Vaccination North-Western Provinces and Oudh 1896-1901 - 1896-1901
Year: 1896
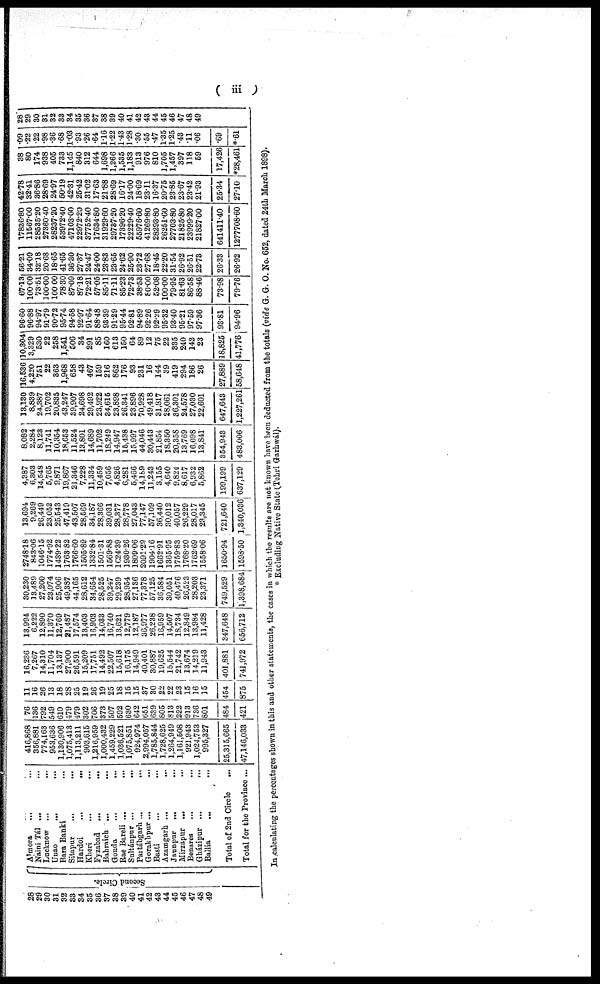
( iii )
28
29
30
31
32
33
34
35
36
37
38
39
40
41
42
43
44
45
46
47
48
49
Second Circle.
Almora
...
...
Naini Tál ... ...
Lucknow ... ...
Unao
...
...
Bara Banki ... ...
Sitapur
...
...
Hardoi
...
...
Kheri
...
...
Fyzabad
...
...
Bahraich ... ...
Gonda
...
...
Rae Bareli
...
...
Sultánpur
...
...
Partábgarh
...
...
Gorakhpur ... ...
Basti ... ...
Azamgarh ... ...
Jaunpur
...
...
Mirzapur ... ...
Benares ... ...
Gházipur
...
...
Ballia ... ...
Total of 2nd Circle ...
Total for the Province ...
416,868
356,881
774,163
953,636
1,130,906
1,075,413
1,113,211
903,615
1,216,959
1,000,432
1,459,229
1,036,521
1,075,851
924,974
2,994,057
1,785,844
1,728,625
1,264,949
1,161,508
921,943
1,024,753
995,327
25,315,665
47,146,033
76
136
792
549
610
479
479
302
706
373
507
592
630
642
651
639
805
813
222
913
736
801
484
421
11
16
26
13
18
28
25
19
26
19
25
18
15
15
37
30
22
22
23
15
16
15
454
875
16,236
7,267
14,310
11,704
13,137
27,900
26,591
15,209
17,751
14,492
22,507
15,618
16,175
14,949
40,401
30,887
19,625
15,544
21,742
13,674
14,219
11,943
401,881
741,972
13,994
6,222
12,890
11,370
12,769
21,487
17,574
13,403
16,903
14,033
16,740
13,621
12,779
12,187
36,977
26,238
16,959
14,507
18,734
12,849
13,984
11,428
347,648
656,712
30,230
13,489
27,200
23,074
25,906
49,387
44,165
28,612
34,654
28,525
39,247
29,239
28,954
27,136
77,378
57,125
36,584
30,051
40,476
26,523
28,203
23,371
749,529
1,398,684
2748.18
843.06
1046.15
1774.92
1439.22
1763.82
1766.60
1505.89
1332.84
1501.31
1569.88
1624.39
1930.26
1809.06
2091.29
1904.16
1662.91
1365.95
1759.83
1768.20
1762.69
1558.06
1650.94
1598.50
13,694
9,269
26,449
23,052
25,543
47,419
43,507
28,569
34,187
28,366
39,031
28,377
28,778
27,043
77,147
57,109
36,440
30,012
40,057
26,229
28,017
23,345
721,640
1,340,036
4,387
6,303
14,548
5,765
9,871
19,867
21,346
7,228
11,334
10,459
7,056
4,826
6,281
5,466
14,189
11,243
3,155
4,640
9,824
8,617
6,932
5,862
199,199
637,129
8,082
2,284
8,123
11,741
10,354
18,653
11,524
13,801
14,689
11,702
18,249
14,947
15,438
15,997
44,046
30,443
21,854
18,350
20,358
13,769
16,698
13,841
354,943
483,006
13,130
8,839
24,387
19,702
20,835
43,247
39,907
24,698
29,492
23,922
34,615
23,898
26,341
23,896
70,928
49,418
31,817
28,061
36,301
24,578
27,030
22,601
647,643
1,227,261
16,536
4,220
751
22
363
1,968
658
43
467
159
216
862
176
93
231
16
144
39
419
294
186
26
27,889
58,648
10,304
3,329
530
22
258
1,541
506
34
291
85
160
613
150
64
89
12
75
22
335
240
142
23
18,825
41,776
96.60
96.88
94.97
91.79
90.72
95.74
94.58
92.97
91.64
88.48
93.39
91.29
95.44
92.81
94.89
92.26
92.29
95.32
93.40
95.21
97.59
97.36
93.81
94.96
67.13
100.00
73.51
100.00
100.00
78.30
87.09
87.18
72.21
57.05
85.11
71.11
85.23
72.73
38.53
80.00
52.08
100.00
79.95
81.63
86.58
88.46
73.98
79.76
56.21
34.09
32.18
20.68
18.65
41.65
36.30
27.37
24.47
24.00
23.83
23.65
24.62
25.90
23.72
27.68
18.45
22.20
31.54
26.92
26.51
22.73
26.33
26.92
17836.80
11567.00
28535.20
27360.40
28237.20
53972.40
47103.00
22972.20
37752.40
17634.80
31929.60
29737.20
17396.20
22229.40
55976.60
41269.80
28293.80
26251.60
27703.80
21825.80
23999.20
21827.00
641411.40
1277708.60
42.78
32.41
36.86
28.69
24.97
50.19
42.31
25.42
31.02
17.63
21.88
28.69
16.17
24.00
18.69
23.11
16.37
20.75
23.85
23.67
23.42
21.93
25.34
27.10
38
80
174
938
405
733
1,145
840
312
644
1,698
1,266
1,535
1,183
913
976
810
1,705
1,457
397
118
59
17,426
*28,461
.09
.22
.22
.98
.36
.68
1.03
.93
.26
.64
1.16
1.22
1.43
1.28
.30
.55
.47
1.35
1.25
.43
.11
.06
.69
*.61
28
29
30
31
32
33
34
35
36
37
38
39
40
41
42
43
44
45
46
47
48
49
In calculating the percentages shown in this and other statements, the cases in which the results are not known have been deducted from the totals (vide G. G. O. No. 652, dated 24th March 1898).
* Excluding Native State (Tehri Garhwál).